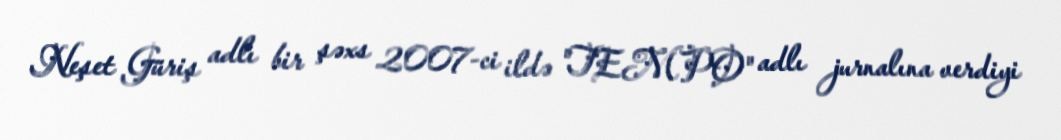
Neşet Güriş adlı bir şəxs 2007-ci ildə "TEMPO" adlı jurnalına verdiyi